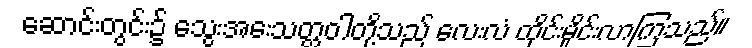
ဆောင်းတွင်း၌ သွေးအေးသတ္တဝါတို့သည် လေးလံ ထိုင်းမှိုင်းလာကြသည်။